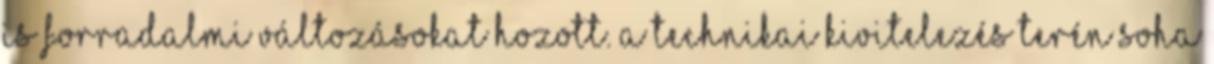
is forradalmi változásokat hozott. A technikai kivitelezés terén soha